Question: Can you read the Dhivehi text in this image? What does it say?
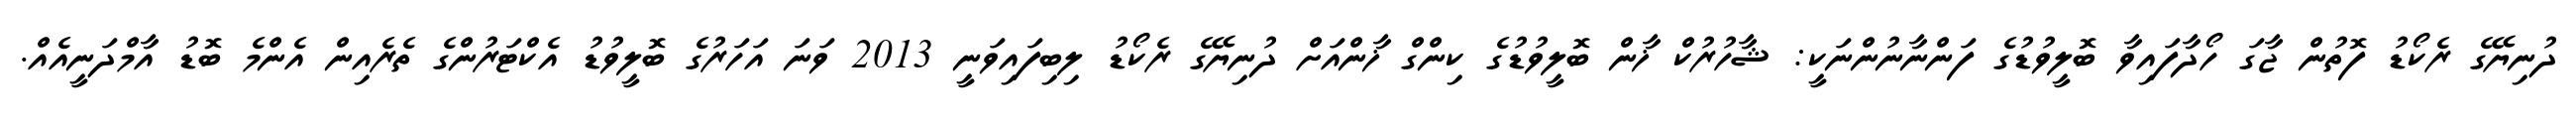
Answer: ދުނިޔޭގެ ރެކޯޑު ފޮތުން ޖާގަ ހޯދާފައިވާ ބޮލީވުޑުގެ ފަންނާނުންނަކީ: ޝާހުރުކް ޚާން ބޮލީވުޑުގެ ކިންގް ޚާންއަށް ދުނިޔޭގެ ރެކޯޑު ލިބިފައިވަނީ 2013 ވަނަ އަހަރުގެ ބޮލީވުޑު އެކްޓަރުންގެ ތެރެއިން އެންމެ ބޮޑު އާމްދަނީއެއް.